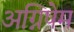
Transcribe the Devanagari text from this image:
अग्निषेम